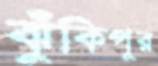
ঝুঁকিপূর